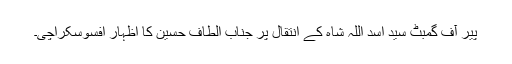
پیر آف گمبٹ سید اسد اللہ شاہ کے انتقال پر جناب الطاف حسین کا اظہار افسوسکراچی۔